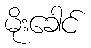
မိုးခေါင်